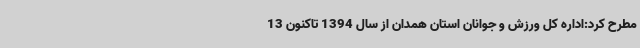
مطرح کرد:اداره کل ورزش و جوانان استان همدان از سال 1394 تاکنون 13